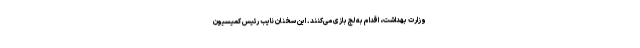
وزارت بهداشت، اقدام به لج بازی می‌کنند. این سخنان نایب رئیس کمیسیون